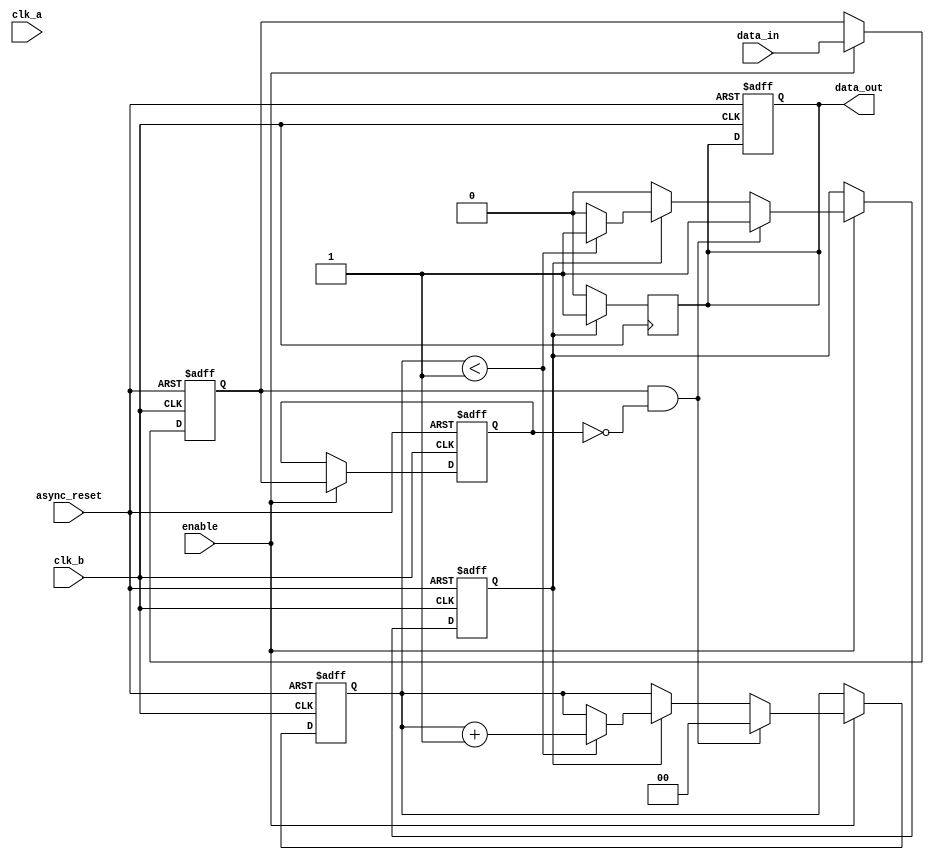
module pulsed_synchronizer #(
    parameter PULSE_WIDTH = 2 // Adjustable pulse width for the output
)(
    input wire clk_a,          // Source clock
    input wire clk_b,          // Destination clock
    input wire data_in,        // Input signal from clk_a domain
    input wire async_reset,    // Asynchronous reset
    input wire enable,         // Enable signal for synchronization
    output reg data_out        // Synchronized output signal in clk_b domain
);

    reg data_in_sync_1;        // First stage of synchronization
    reg data_in_sync_2;        // Second stage of synchronization
    reg pulse;                 // Pulse signal in clk_b domain
    reg [1:0] pulse_counter;   // Counter for pulse width control

    // Synchronize data_in to clk_b domain
    always @(posedge clk_b or posedge async_reset) begin
        if (async_reset) begin
            data_in_sync_1 <= 1'b0;
            data_in_sync_2 <= 1'b0;
            pulse <= 1'b0;
            pulse_counter <= 2'b00;
            data_out <= 1'b0;
        end else if (enable) begin
            // First stage of synchronization
            data_in_sync_1 <= data_in;
            // Second stage of synchronization
            data_in_sync_2 <= data_in_sync_1;

            // Generate pulse when data_in_sync_1 transitions
            if (data_in_sync_1 && !data_in_sync_2) begin
                pulse <= 1'b1; // Start pulse
                pulse_counter <= 2'b00; // Reset pulse counter
            end else if (pulse) begin
                if (pulse_counter < PULSE_WIDTH - 1) begin
                    pulse_counter <= pulse_counter + 1;
                end else begin
                    pulse <= 1'b0; // End pulse
                end
            end
        end
    end

    // Output the synchronized data and pulse
    always @(posedge clk_b) begin
        if (pulse) begin
            data_out <= 1'b1; // Output high during pulse
        end else begin
            data_out <= 1'b0; // Output low otherwise
        end
    end

endmodule